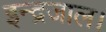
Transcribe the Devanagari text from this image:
इन्द्रजाल।